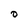
Character: D